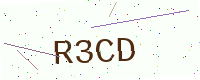
Text: R3CD